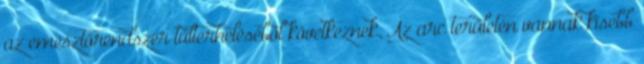
az emésztőrendszer túlterheléséből következnek. Az arc területén vannak kisebb